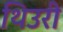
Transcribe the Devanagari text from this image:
थिउरी